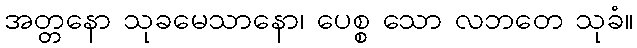
အတ္တနော သုခမေသာနော၊ ပေစ္စ သော လဘတေ သုခံ။